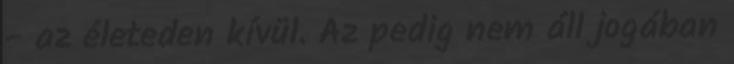
- az életeden kívül. Az pedig nem áll jogában